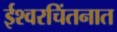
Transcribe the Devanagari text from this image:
ईश्वरचिंतनात